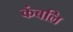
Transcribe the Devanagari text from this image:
कंबलि